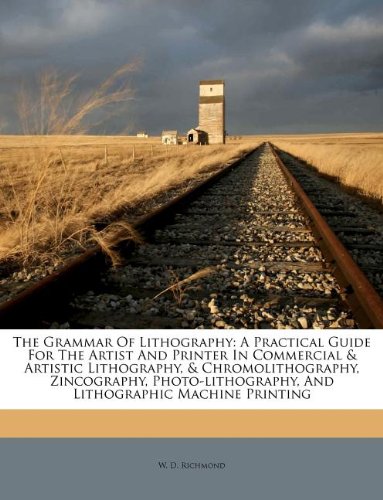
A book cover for The Grammar Of Lithography: A Practical Guide For The Artist And Printer In Commercial & Artistic Lithography, & Chromolithography, Zincography, Photo-lithography, And Lithographic Machine Printing; W. D. Richmond; Arts & Photography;